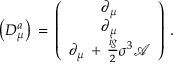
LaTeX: \left( D _ { \mu } ^ { a } \right) \, = \, \left( \begin{array} { c } { { \partial _ { \mu } } } \\ { { \partial _ { \mu } } } \\ { { \partial _ { \mu } \, + \, \frac { i g } { 2 } \sigma ^ { 3 } \mathcal { A } } } \end{array} \right) \, .